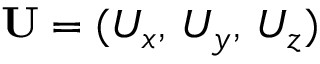
\mathbf { U } = ( U _ { x } , \, U _ { y } , \, U _ { z } )